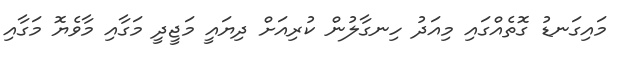
މައިގަނޑު ގޮތެއްގައި މިއަދު ހިނގާލުން ކުރިއަށް ދިޔައީ މަޖީދީ މަގާއި މާވެޔޮ މަގާއި